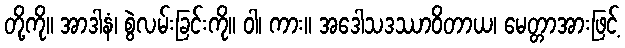
တို့ကို။ အာဒါနံ၊ စွဲလမ်းခြင်းကို။ ဝါ၊ ကား။ အဒေါသဒဿာဝိတာယ၊ မေတ္တာအားဖြင့်